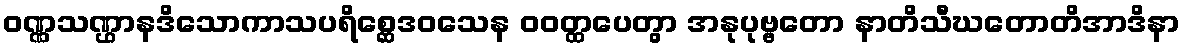
ဝဏ္ဏသဏ္ဌာနဒိသောကာသပရိစ္ဆေဒဝသေန ဝဝတ္ထပေတွာ အနုပုဗ္ဗတော နာတိသီဃတောတိအာဒိနာ